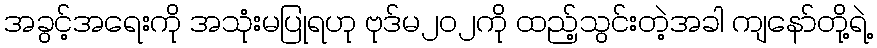
အခွင့်အရေးကို အသုံးမပြုရဟု ဗုဒ်မ၂၀၂ကို ထည့်သွင်းတဲ့အခါ ကျနော်တို့ရဲ့